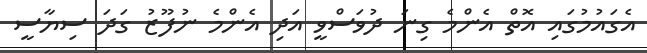
އެގައުމުގައި އޮތް އެންމެ ގިނަ ދުވަސްވީ އަދި އެންމެ ނުފޫޒު ގަދަ ސިޔާސީ